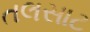
તલસાટ